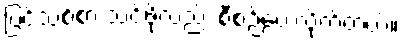
ပြင်သစ်စာ သင်ဖို့လည်း စီစဉ်ပေးလိုက်တယ်။